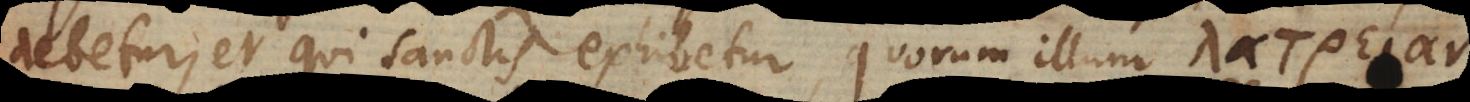
debetur, et qui Sanctis exhibetur quorum illum λατρει